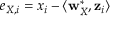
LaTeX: e _ { X , i } = x _ { i } - \langle \mathbf { w } _ { X } ^ { * } , \mathbf { z } _ { i } \rangle